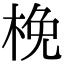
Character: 梚